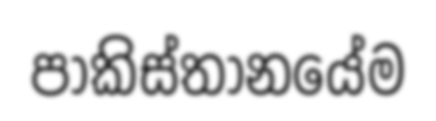
පාකිස්තානයේම